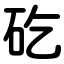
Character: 矻